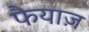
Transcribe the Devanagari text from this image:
फैयाज़